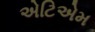
એટિએમ